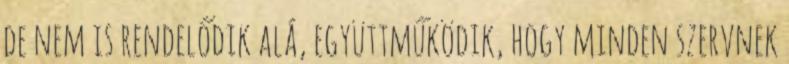
de nem is rendelődik alá, együttműködik, hogy minden szervnek